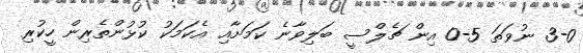
3-0 ނުވަތަ 5-0 އިން ޗެލްސީ ބަލިވާނެ ކަމަށާއި އެކަމަކު ކުޅުންތެރިން ހީކުރި